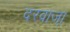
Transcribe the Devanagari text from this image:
दरवाजा़